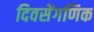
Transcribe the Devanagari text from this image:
दिवसेंगणिक